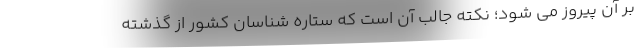
بر آن پیروز می شود؛ نکته جالب آن است که ستاره شناسان کشور از گذشته